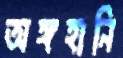
অঙ্গহানি